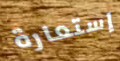
إستعارة